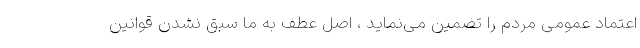
اعتماد عمومی مردم را تضمین می‌نماید ، اصل عطف به ما سبق نشدن قوانین